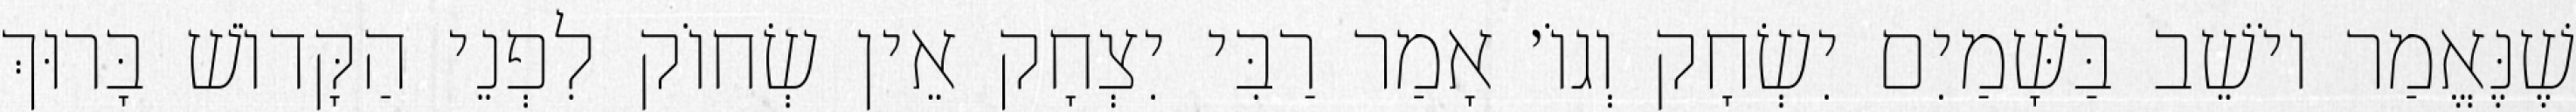
שֶׁנֶּאֱמַר יוֹשֵׁב בַּשָּׁמַיִם יִשְׂחָק וְגוֹ׳ אָמַר רַבִּי יִצְחָק אֵין שְׂחוֹק לִפְנֵי הַקָּדוֹשׁ בָּרוּךְ